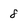
Character: 8